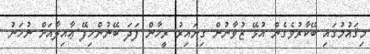
މިޤައުމުގައި ބޭކާރުވެގެން އުޅޭ ޒުވާނުން ގިނައިރު ރީހާން ފަދަ ބޭނުންހިފޭ ޢާއިލާއަށް ނުހަނު